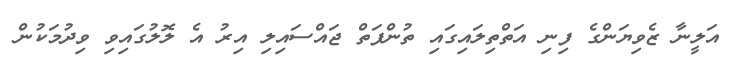
އަލީނާ ޒެވިޔަންގެ ފިނި އަތްތިލައިގައި ތުންފަތް ޖައްސައިލި އިރު އެ ލޮލުގައިވި ވިދުމަކުން